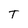
Character: T